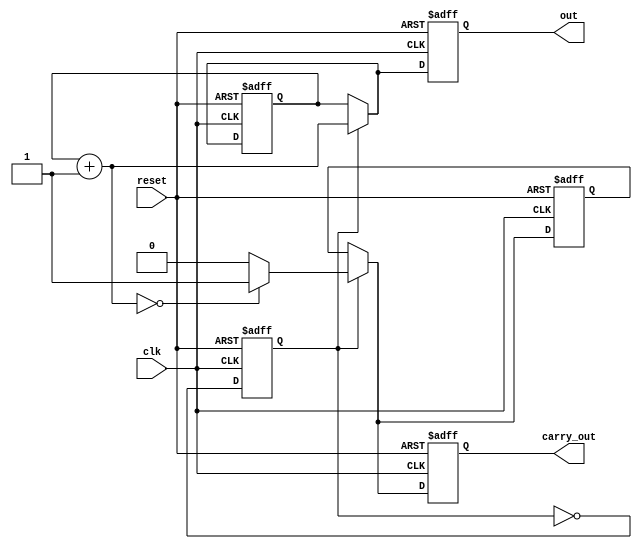
module counter_4bit_2step(input clk, reset, output reg[3:0] out, output reg carry_out);
	reg [3:0]curr;
	reg should_add = 0, co = 0;
	//will reset if reset = 0
	always @(posedge clk, negedge reset) begin
	//$display("counter ? carry[%b]", co);
		if (~reset) begin
			curr = 0;
			co = 0;
			should_add = 0;
		end else begin
			//count
			//$display("in a clock cycle should add ? [%b]", should_add);
			if (should_add) begin
				curr = curr + 1'b1;
				if (curr == 3'b0)
					co = 1'b1;
				else co = 1'b0;
				//$display("sAdd if : carry %b, curr %b", co, curr);
			end 
			should_add = ~should_add;
			//carry out
			
		end
		//$display("****FINAL[%b]*****", co);
		out = curr;
		carry_out = co;
	end
endmodule